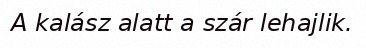
A kalász alatt a szár lehajlik.